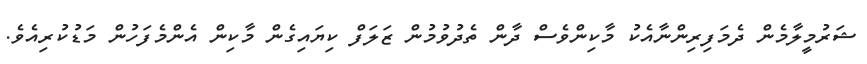
ޝަރުމީލާމެން ދެމަފިރިންނާއެކު މާކިންވެސް ދާން ތެދުވުމުން ޒަލަފް ކިޔައިގެން މާކިން އެންމެފަހުން މަޑުކުރިއެވެ.